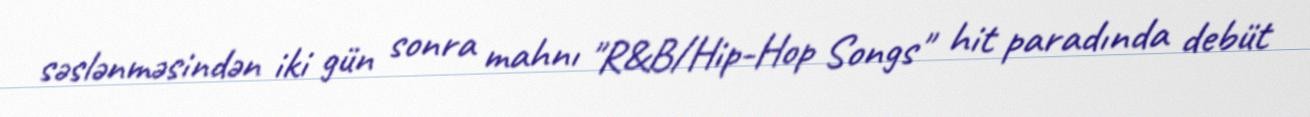
səslənməsindən iki gün sonra mahnı "R&B/Hip-Hop Songs" hit paradında debüt